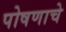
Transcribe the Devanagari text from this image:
पोषणाचे